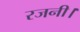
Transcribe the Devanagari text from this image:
रजनी।